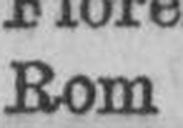
Rom